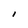
Character: I